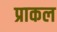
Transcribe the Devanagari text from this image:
प्राकल